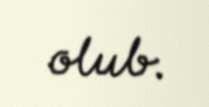
olub.